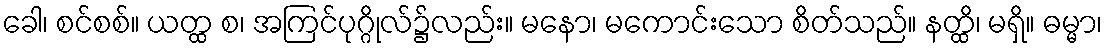
ခေါ၊ စင်စစ်။ ယတ္ထ စ၊ အကြင်ပုဂ္ဂိုလ်၌လည်း။ မနော၊ မကောင်းသော စိတ်သည်။ နတ္ထိ၊ မရှိ။ ဓမ္မာ၊